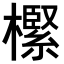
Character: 𣝌